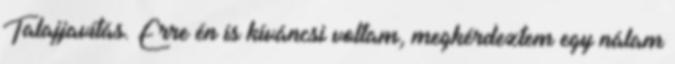
Talajjavítás. Erre én is kíváncsi voltam, megkérdeztem egy nálam